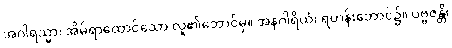
အဂါရသ္မာ၊ အိမ်ရာထောင်သော လူ၏ဘောင်မှ။ အနဂါရိယံ၊ ရဟန်းဘောင်၌။ ပဗ္ဗဇန္တိ၊